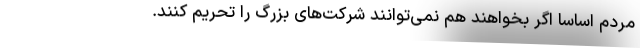
مردم اساساً اگر بخواهند هم نمی‌توانند شرکت‌های بزرگ را تحریم کنند.